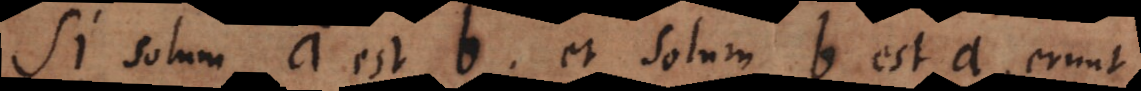
Si solum a est b et solum b est a, erunt